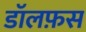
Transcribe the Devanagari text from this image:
डॉलफ़स